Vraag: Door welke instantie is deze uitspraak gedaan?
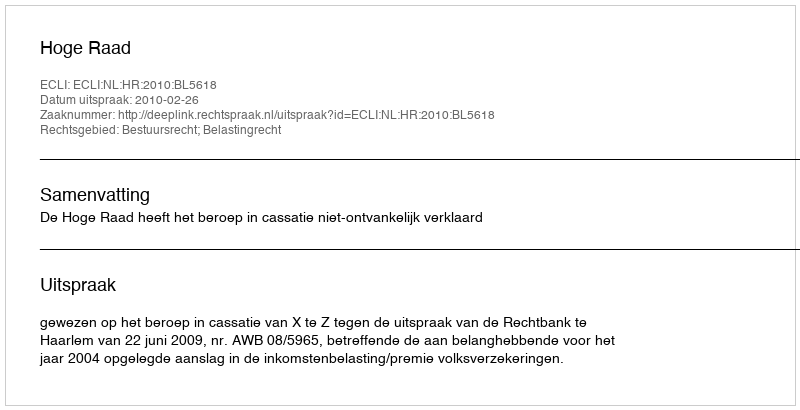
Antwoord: Hoge Raad